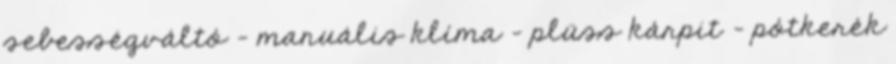
sebességváltó – manuális klíma – plüss kárpit – pótkerék